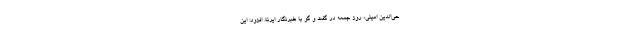
حی‌الدین امینی» روز جمعه در گفت و گو با خبرنگار ایرنا، افزود: این